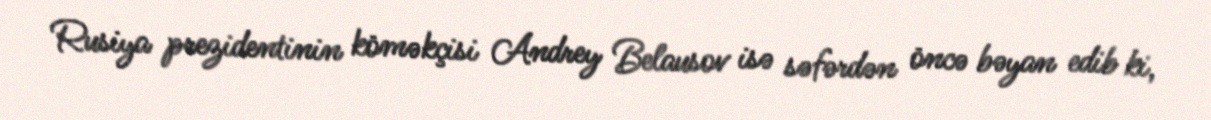
Rusiya prezidentinin köməkçisi Andrey Belausov isə səfərdən öncə bəyan edib ki,